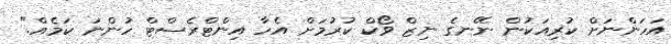
އަހަންނަށް ކުރިއަކުން ނޭނގެ ނިޒް ވޯކް ކުރުމަށް އެހާ އިންޓްރެސްޓް ހުންނަ ކަމެއް."